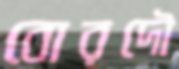
বোরদৌ